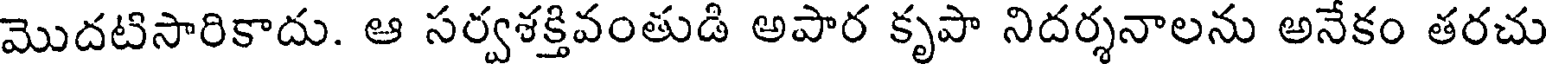
మొదటిసారికాదు. ఆ సర్వశక్తివంతుడి అపార కృపా నిదర్శనాలను అనేకం తరచు